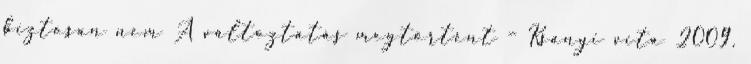
biztosan nem A változtatás megtörtént – Ksanyi vita 2009.